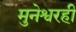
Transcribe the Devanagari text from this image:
मुनेश्वरही